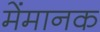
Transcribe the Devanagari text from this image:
मेंमानक